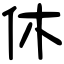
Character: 休